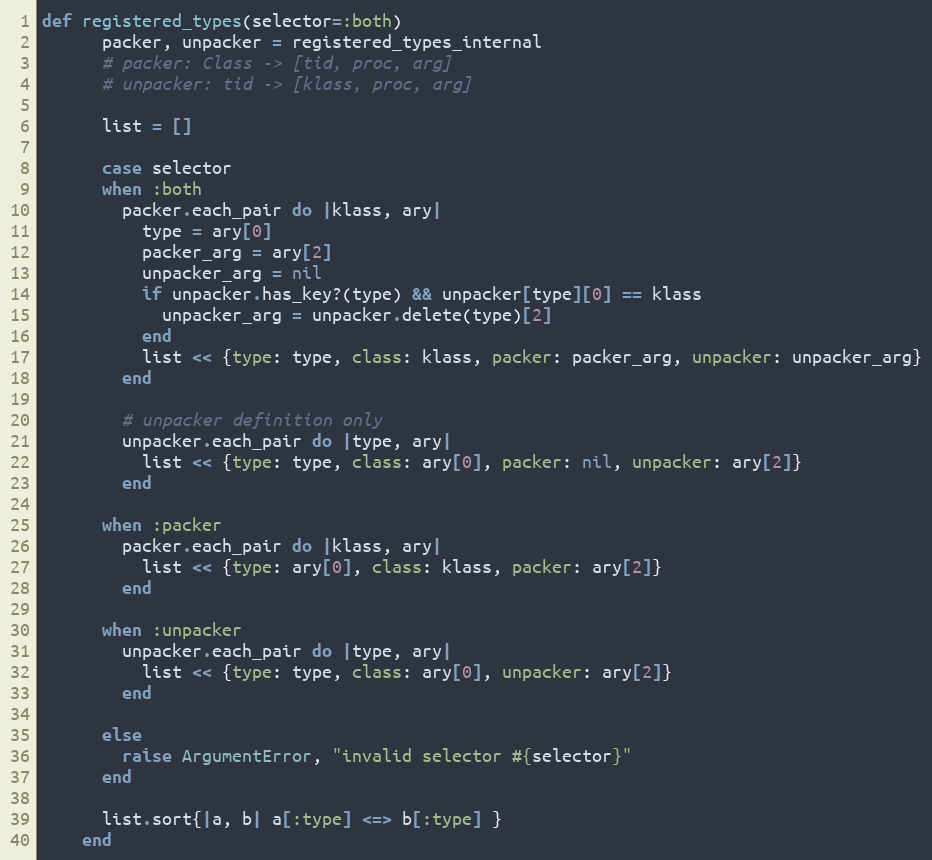
Language: Ruby
def registered_types(selector=:both)
      packer, unpacker = registered_types_internal
      # packer: Class -> [tid, proc, arg]
      # unpacker: tid -> [klass, proc, arg]

      list = []

      case selector
      when :both
        packer.each_pair do |klass, ary|
          type = ary[0]
          packer_arg = ary[2]
          unpacker_arg = nil
          if unpacker.has_key?(type) && unpacker[type][0] == klass
            unpacker_arg = unpacker.delete(type)[2]
          end
          list << {type: type, class: klass, packer: packer_arg, unpacker: unpacker_arg}
        end

        # unpacker definition only
        unpacker.each_pair do |type, ary|
          list << {type: type, class: ary[0], packer: nil, unpacker: ary[2]}
        end

      when :packer
        packer.each_pair do |klass, ary|
          list << {type: ary[0], class: klass, packer: ary[2]}
        end

      when :unpacker
        unpacker.each_pair do |type, ary|
          list << {type: type, class: ary[0], unpacker: ary[2]}
        end

      else
        raise ArgumentError, "invalid selector #{selector}"
      end

      list.sort{|a, b| a[:type] <=> b[:type] }
    end